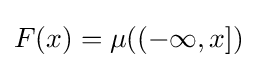
F(x)=\mu ((-\infty ,x])